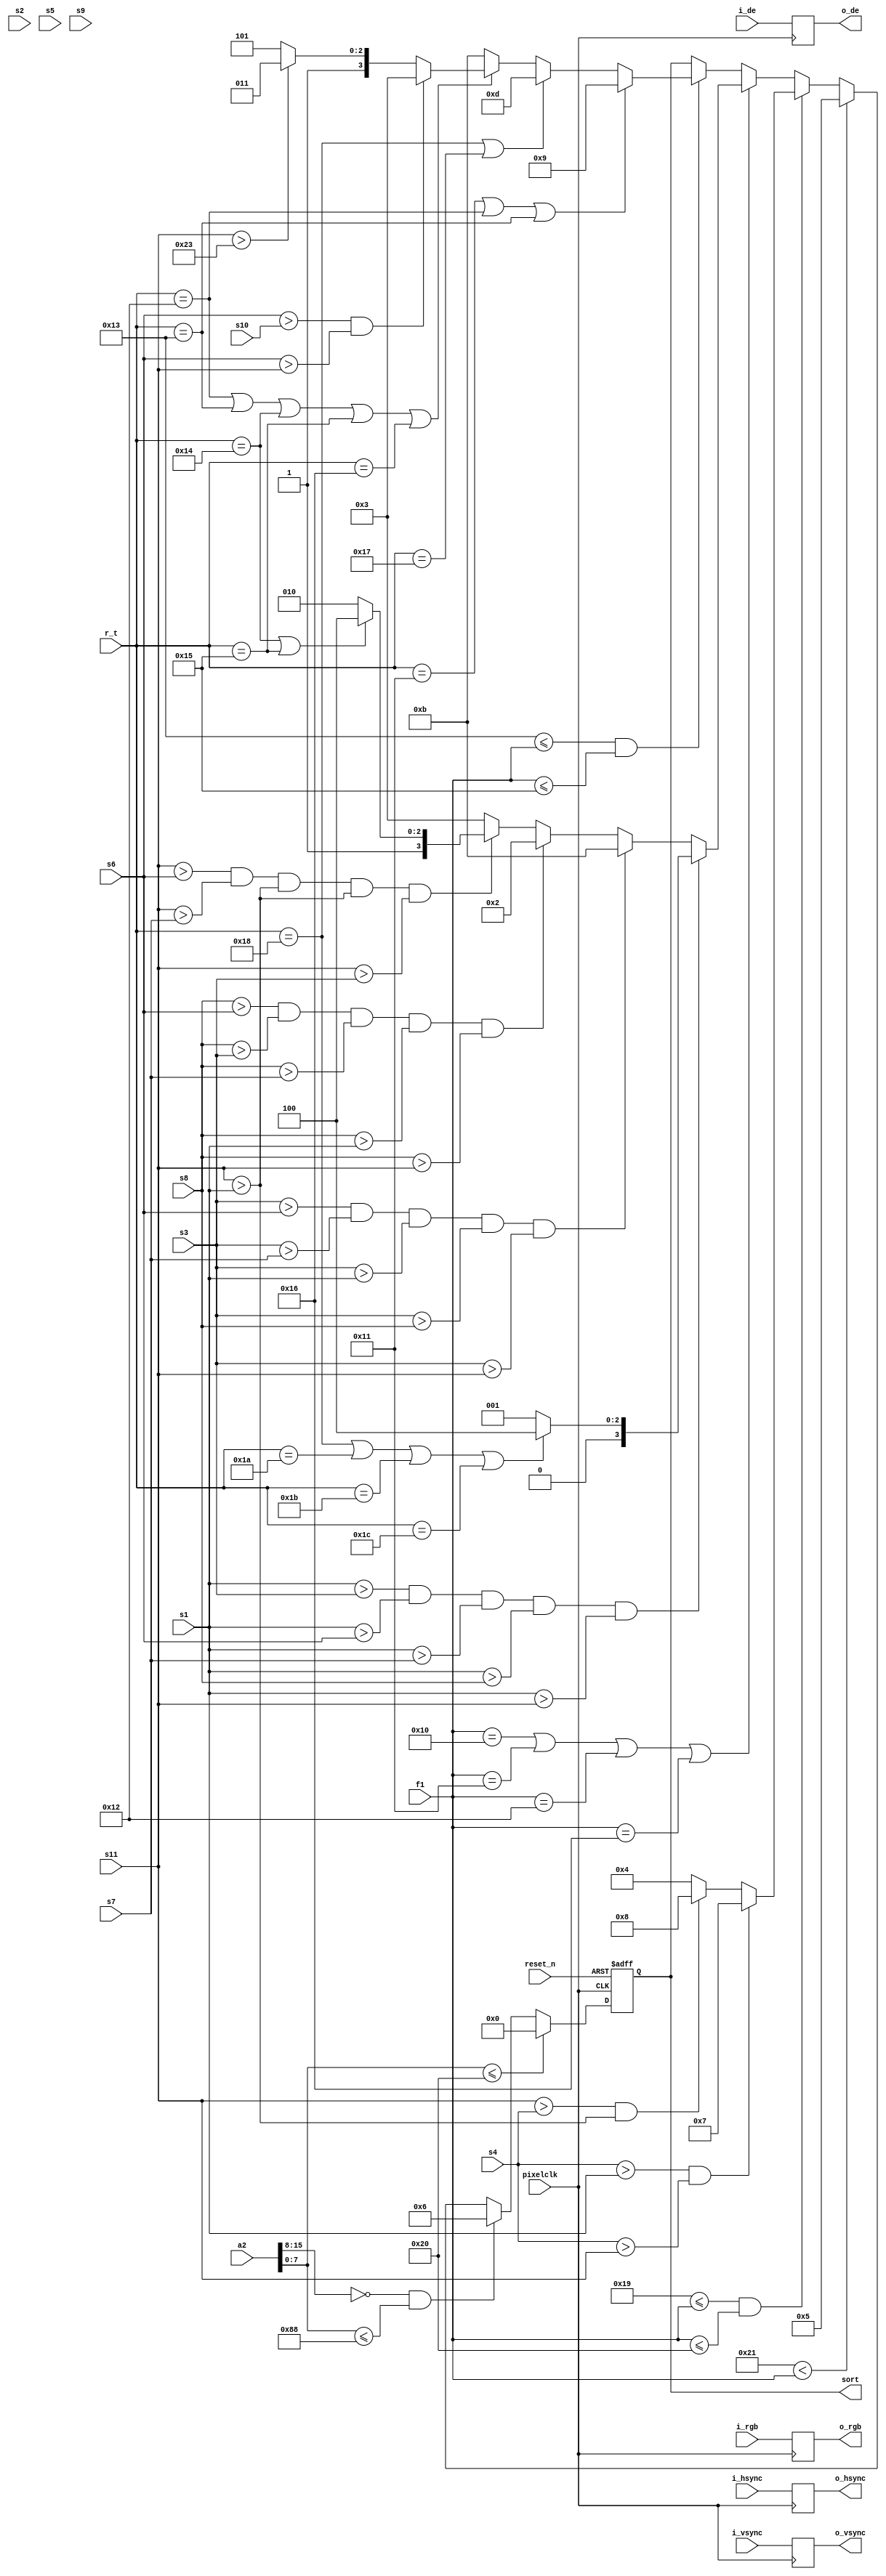

module judge_features(
        
       input						        pixelclk,
	   input                                reset_n,
  	   input          [23:0]                i_rgb,
	   input						        i_hsync,
	   input							    i_vsync,
	   input							    i_de,

       input       [15:0]                   a2,	   
       input       [7:0]                    r_t,              
       input       [7:0]                    f1,
       input       [23:0]                   s1,
       input       [23:0]                   s2,
       input       [23:0]                   s3,
       input       [23:0]                   s4,
       input       [23:0]                   s5,
       input       [23:0]                   s6,
       input       [23:0]                   s7,
       input       [23:0]                   s8,
       input       [23:0]                   s9,
       input       [23:0]                   s10,
       input       [23:0]                   s11,
                   
       output      [3:0]                    sort,
       output      [23:0]                   o_rgb,
	   output							    o_hsync,
	   output							    o_vsync,                                                                                                  
	   output						        o_de




 );

reg[23:0]                 i_rgb_r;
//reg[23:0]                 i_rgb_r1;
//reg[23:0]                 i_rgb_r2;	
reg                       hsync_r;
reg                       vsync_r;
reg                       de_r;
reg [3:0]                 sort1;
       
always @(posedge pixelclk) begin
  hsync_r <= i_hsync;
  vsync_r <= i_vsync;
  de_r    <= i_de;
  i_rgb_r <=i_rgb;
  // i_rgb_r1 <=i_rgb_r; 
  // i_rgb_r2 <=i_rgb_r1; 
end

assign o_hsync = hsync_r;
assign o_vsync = vsync_r;
assign o_de    = de_r;
assign o_rgb   = i_rgb_r; 
assign sort=sort1;



always @(posedge pixelclk or negedge reset_n)

 begin

      if(!reset_n)
      
        sort1<= 'd0;
      
       else if(a2[7:0]<=8'h20) 

                      sort1<= 'd0;
        	
            else if(a2[15:8]==0&&a2[7:0]<=8'h88)  
     
       	         sort1<=4'd6;
		   else begin if( 8'h21 < f1)
             begin  


					sort1<=4'd5;
//
                 end
	         else if( 8'h19 <= f1 && f1 <=8'h20)  begin
				  
                       if(s4>s1&&s4>s11)  
                       
					   sort1<=4'd7;
                     
                      else if(s11>s4&&s11>s1)
                       
					   sort1<=4'd8;
                      
                      else 
                       
					   sort1<=4'd4; //3 6 7
                                   
                   end

                        
			   else begin
                     if(f1==8'h10||f1==8'h11||f1==8'h12||f1==8'h16)  begin

                        if(s1>s3&&s1>s6&&s1>s7&&s1>s8&&s1>s11) 

                          begin  if(r_t==8'h18||r_t==8'h1A||r_t==8'h1B||r_t==8'h1C) 

                             sort1<=4'd4;

                          else
					    
                           sort1<=4'd1;

                           end
                        else  if(s3>s6&&s3>s7&&s3>s1&&s3>s8&&s3>s11)  
                        
  					       sort1<=4'd11;	
				       
                        else if(s8>s6&&s8>s3&&s8>s7&&s8>s1&&s8>s11) 
                          
					      sort1<=4'd2;
                       
                        else if(s11>s6&&s11>s7&&s11>s1&&s11>s1&&s11>s3) 

                          begin if(r_t==8'h14||r_t==8'h15) 
                        
  					       sort1<=4'd12;

                           else sort1<=4'd10;

                          end              
                        else  
                          
					      sort1<=4'd3;

                        end 


		         else if(8'h13 <= f1 &&f1<=8'h15)  begin

                  if(r_t==8'h11||r_t==8'h12||r_t==8'h13) 

                           sort1<=4'd9;

                   else    if(r_t==8'h18||r_t==8'h17) 

                           sort1<=4'd13;

                 else    if(r_t==8'h12||r_t==8'h13||r_t==8'h14||r_t==8'h15||r_t==8'h16) 
                  begin

                     if(s6>s10&&s6>s11) 

                            sort1<=4'd3;                   
                               
                     else  if(s11>24'h23) 

                           sort1<=4'd11;

                     else

                        sort1<=4'd13;
 
                     end
                   
                      else 
 
                             sort1<=4'd11;                   

	                   end


               else
                   sort1<= sort1;
           
         		 end  
          end
      
      end 


endmodule